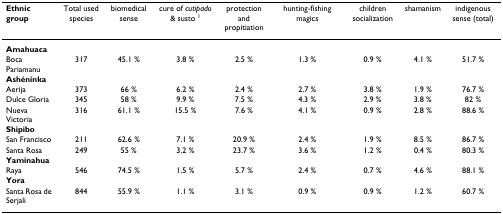
| Ethnic group | Total used species | biomedical sense | cure of cutipado & susto 1 | protection and propitiation | hunting-fishing magics | children socialization | shamanism | indigenous sense (total) |
 | --- | --- | --- | --- | --- | --- | --- | --- | --- |
 | Amahuaca |  |  |  |  |  |  |  |  |
 | Boca Pariamanu | 317 | 45.1 % | 3.8 % | 2.5 % | 1.3 % | 0.9 % | 4.1 % | 51.7 % |
 | Ashéninka |  |  |  |  |  |  |  |  |
 | Aerija | 373 | 66 % | 6.2 % | 2.4 % | 2.7 % | 3.8 % | 1.9 % | 76.7 % |
 | Dulce Gloria | 345 | 58 % | 9.9 % | 7.5 % | 4.3 % | 2.9 % | 3.8 % | 82 % |
 | Nueva Victoria | 316 | 61.1 % | 15.5 % | 7.6 % | 4.1 % | 0.9 % | 2.8 % | 88.6 % |
 | Shipibo |  |  |  |  |  |  |  |  |
 | San Francisco | 211 | 62.6 % | 7.1 % | 20.9 % | 2.4 % | 1.9 % | 8.5 % | 86.7 % |
 | Santa Rosa | 249 | 55 % | 3.2 % | 23.7 % | 3.6 % | 1.2 % | 0.4 % | 80.3 % |
 | Yaminahua |  |  |  |  |  |  |  |  |
 | Raya | 546 | 74.5 % | 1.5 % | 5.7 % | 2.4 % | 0.7 % | 4.6 % | 88.1 % |
 | Yora |  |  |  |  |  |  |  |  |
 | Santa Rosa de Serjali | 844 | 55.9 % | 1.1 % | 3.1 % | 0.9 % | 0.9 % | 1.2 % | 60.7 % |